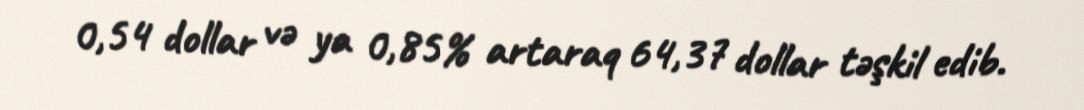
0,54 dollar və ya 0,85% artaraq 64,37 dollar təşkil edib.